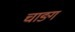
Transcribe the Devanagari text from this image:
चाङ्ग